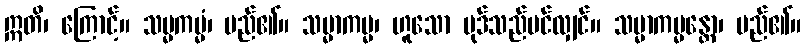
ဣတိ၊ ကြောင့်။ သမ္မကမ္မံ၊ မည်၏။ သမ္မာကမ္မ၊ ဟူသော ပုဒ်သည်ပင်လျှင်။ သမ္မာကမ္မန္တော၊ မည်၏။